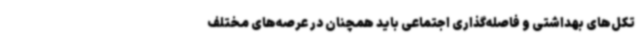
تکل‌های بهداشتی و فاصله‌گذاری اجتماعی باید همچنان در عرصه‌های مختلف